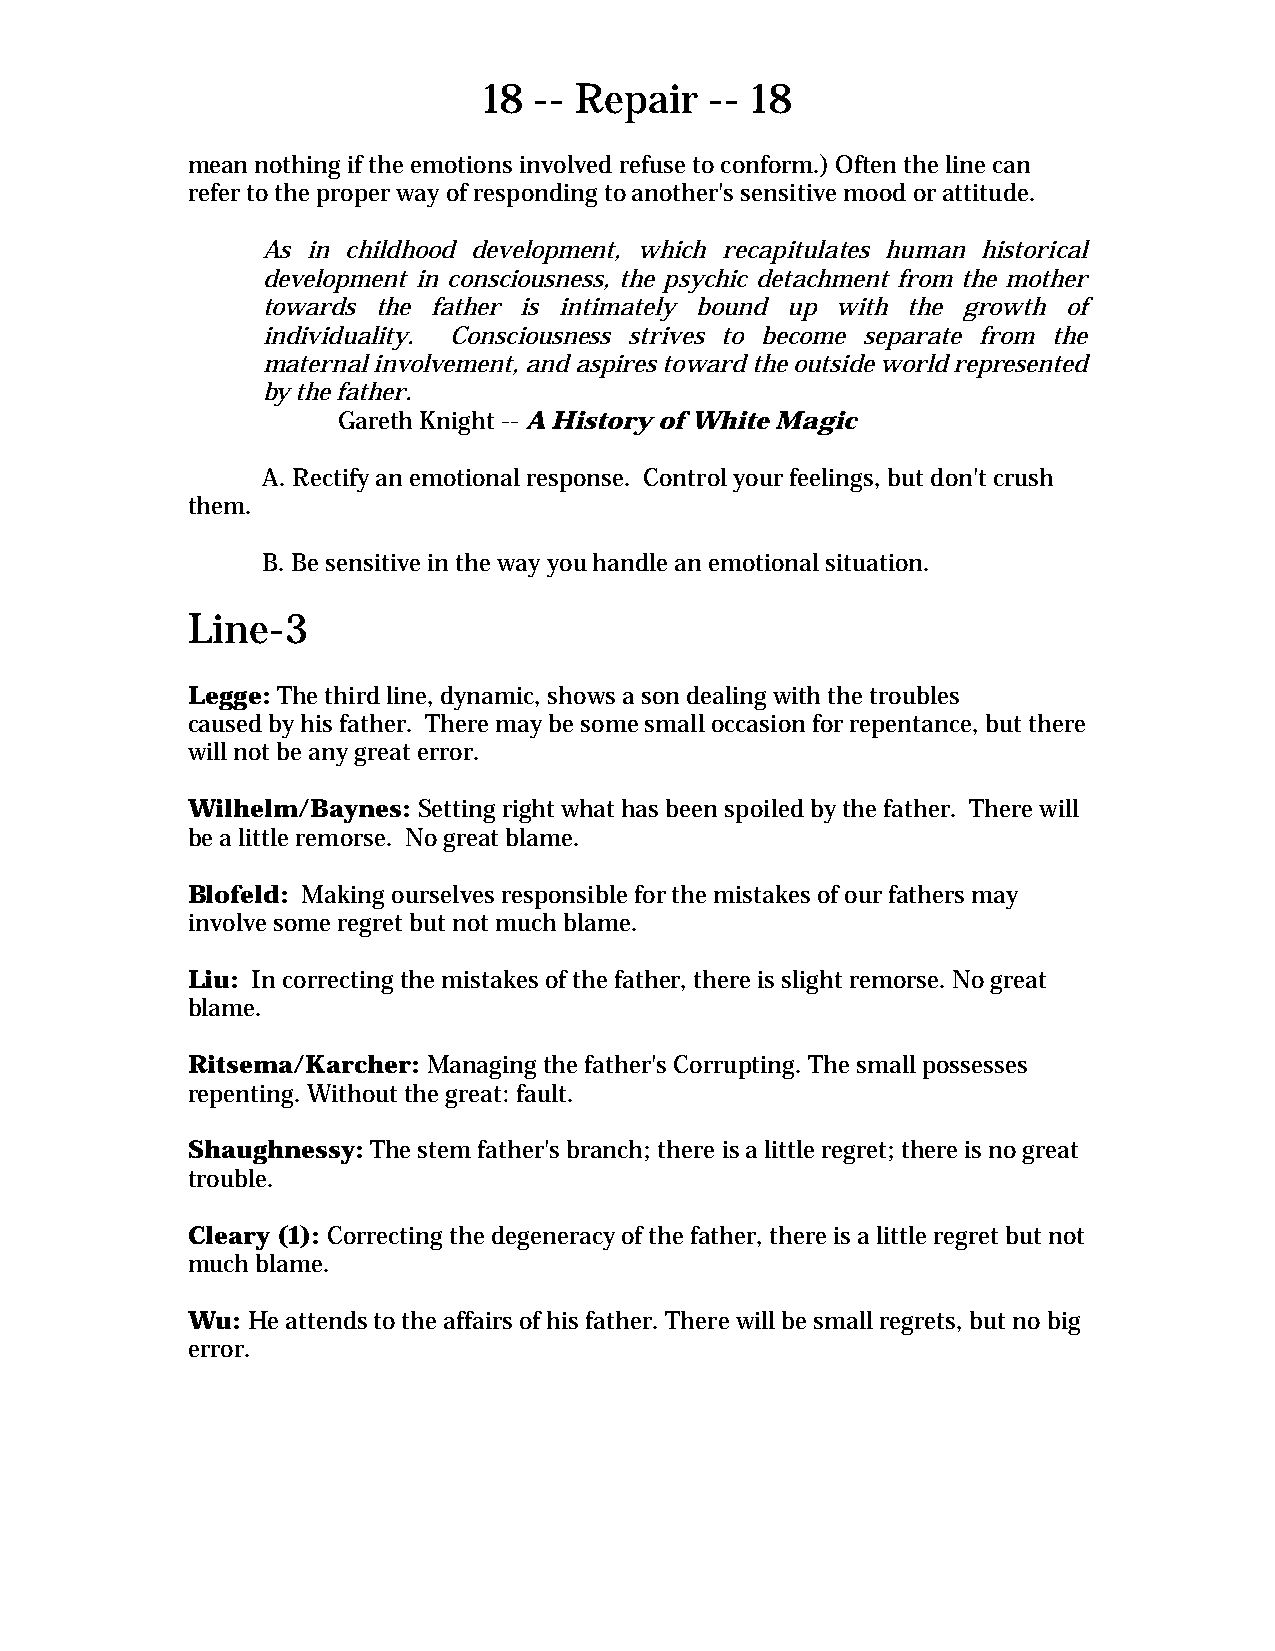
18 -- Repair   -- 18
 mean nothing if the emotions involved refuse to conform.) Often the line can
 refer to the proper way of responding to another's sensitive mood or attitude.
 As in childhood development, which recapitulates human historical
 development in consciousness, the psychic detachment from the mother
 towards the father is intimately bound up with the growth of
 individuality. Consciousness strives to become separate from the
 maternal involvement, and aspires toward the outside world represented
 by the father.
 Gareth Knight -- A History of White Magic
 A. Rectify an emotional response. Control your feelings, but don't crush
 them.
 B. Be sensitive in the way you handle an emotional situation.
 Line-3
 Legge: The third line, dynamic, shows a son dealing with the troubles
 caused by his father. There may be some small occasion for repentance, but there
 will not be any great error.
 Wilhelm/Baynes: Setting right what has been spoiled by the father. There will
 be a little remorse. No great blame.
 Blofeld: Making ourselves responsible for the mistakes of our fathers may
 involve some regret but not much blame.
 Liu: In correcting the mistakes of the father, there is slight remorse. No great
 blame.
 Ritsema/Karcher: Managing the father's Corrupting. The small possesses
 repenting. Without the great: fault.
 Shaughnessy: The stem father's branch; there is a little regret; there is no great
 trouble.
 Cleary (1): Correcting the degeneracy of the father, there is a little regret but not
 much blame.
 Wu: He attends to the affairs of his father. There will be small regrets, but no big
 error.